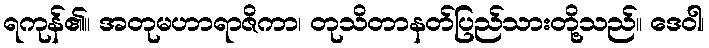
ရကုန်၏။ အတုမဟာရာဇိကာ၊ တုသိတာနတ်ပြည်သားတို့သည်။ ဒေဝါ၊